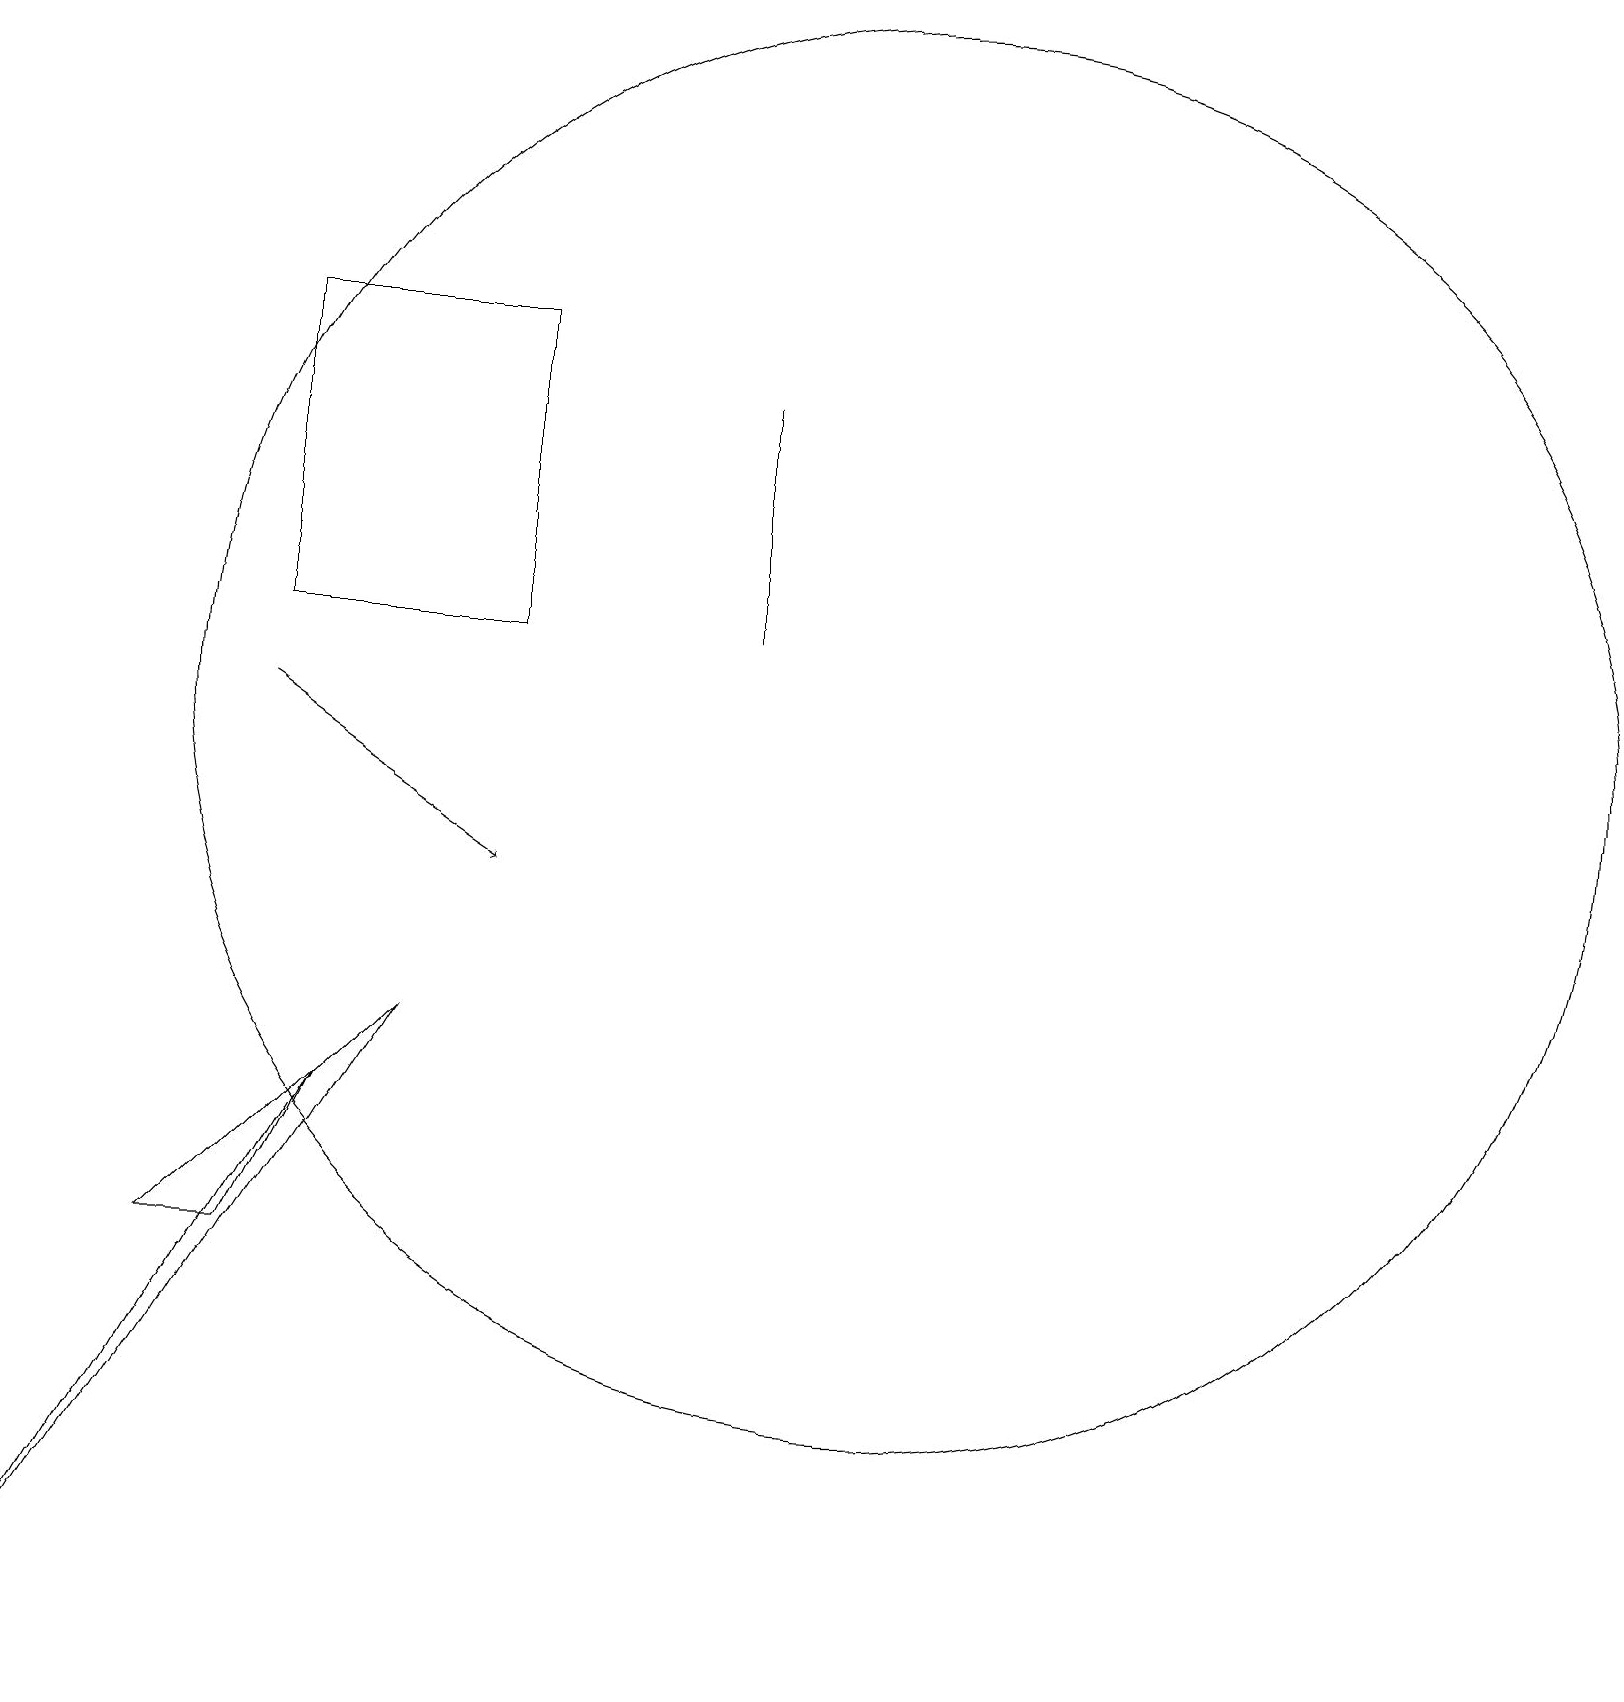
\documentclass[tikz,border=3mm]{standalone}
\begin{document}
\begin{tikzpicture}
\draw (6,17) rectangle (3,13);
\draw[->] (3,12) -- (6,10);
\draw (9,16) rectangle (9,13);
\draw (3,5) -- (4,7) -- (2,5) -- cycle;
\draw (0,0) -- (5,8) -- (4,7) -- cycle;
\draw (11,12) circle (9);
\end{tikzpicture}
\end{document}